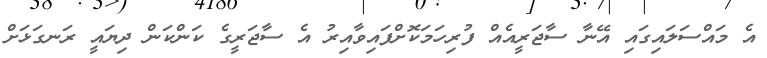
އެ މައްސަލައިގައި އޭނާ ސާޖަރީއެއް ފުރިހަމަކޮށްފައިވާއިރު އެ ސާޖަރީގެ ކަންކަން ދިޔައީ ރަނގަޅަށް